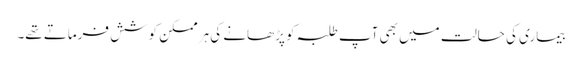
بیماری کی حالت میں بھی آپ طلبہ کو پڑھانے کی ہر ممکن کوشش فرماتے تھے۔